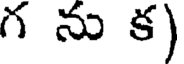
గ ను క)